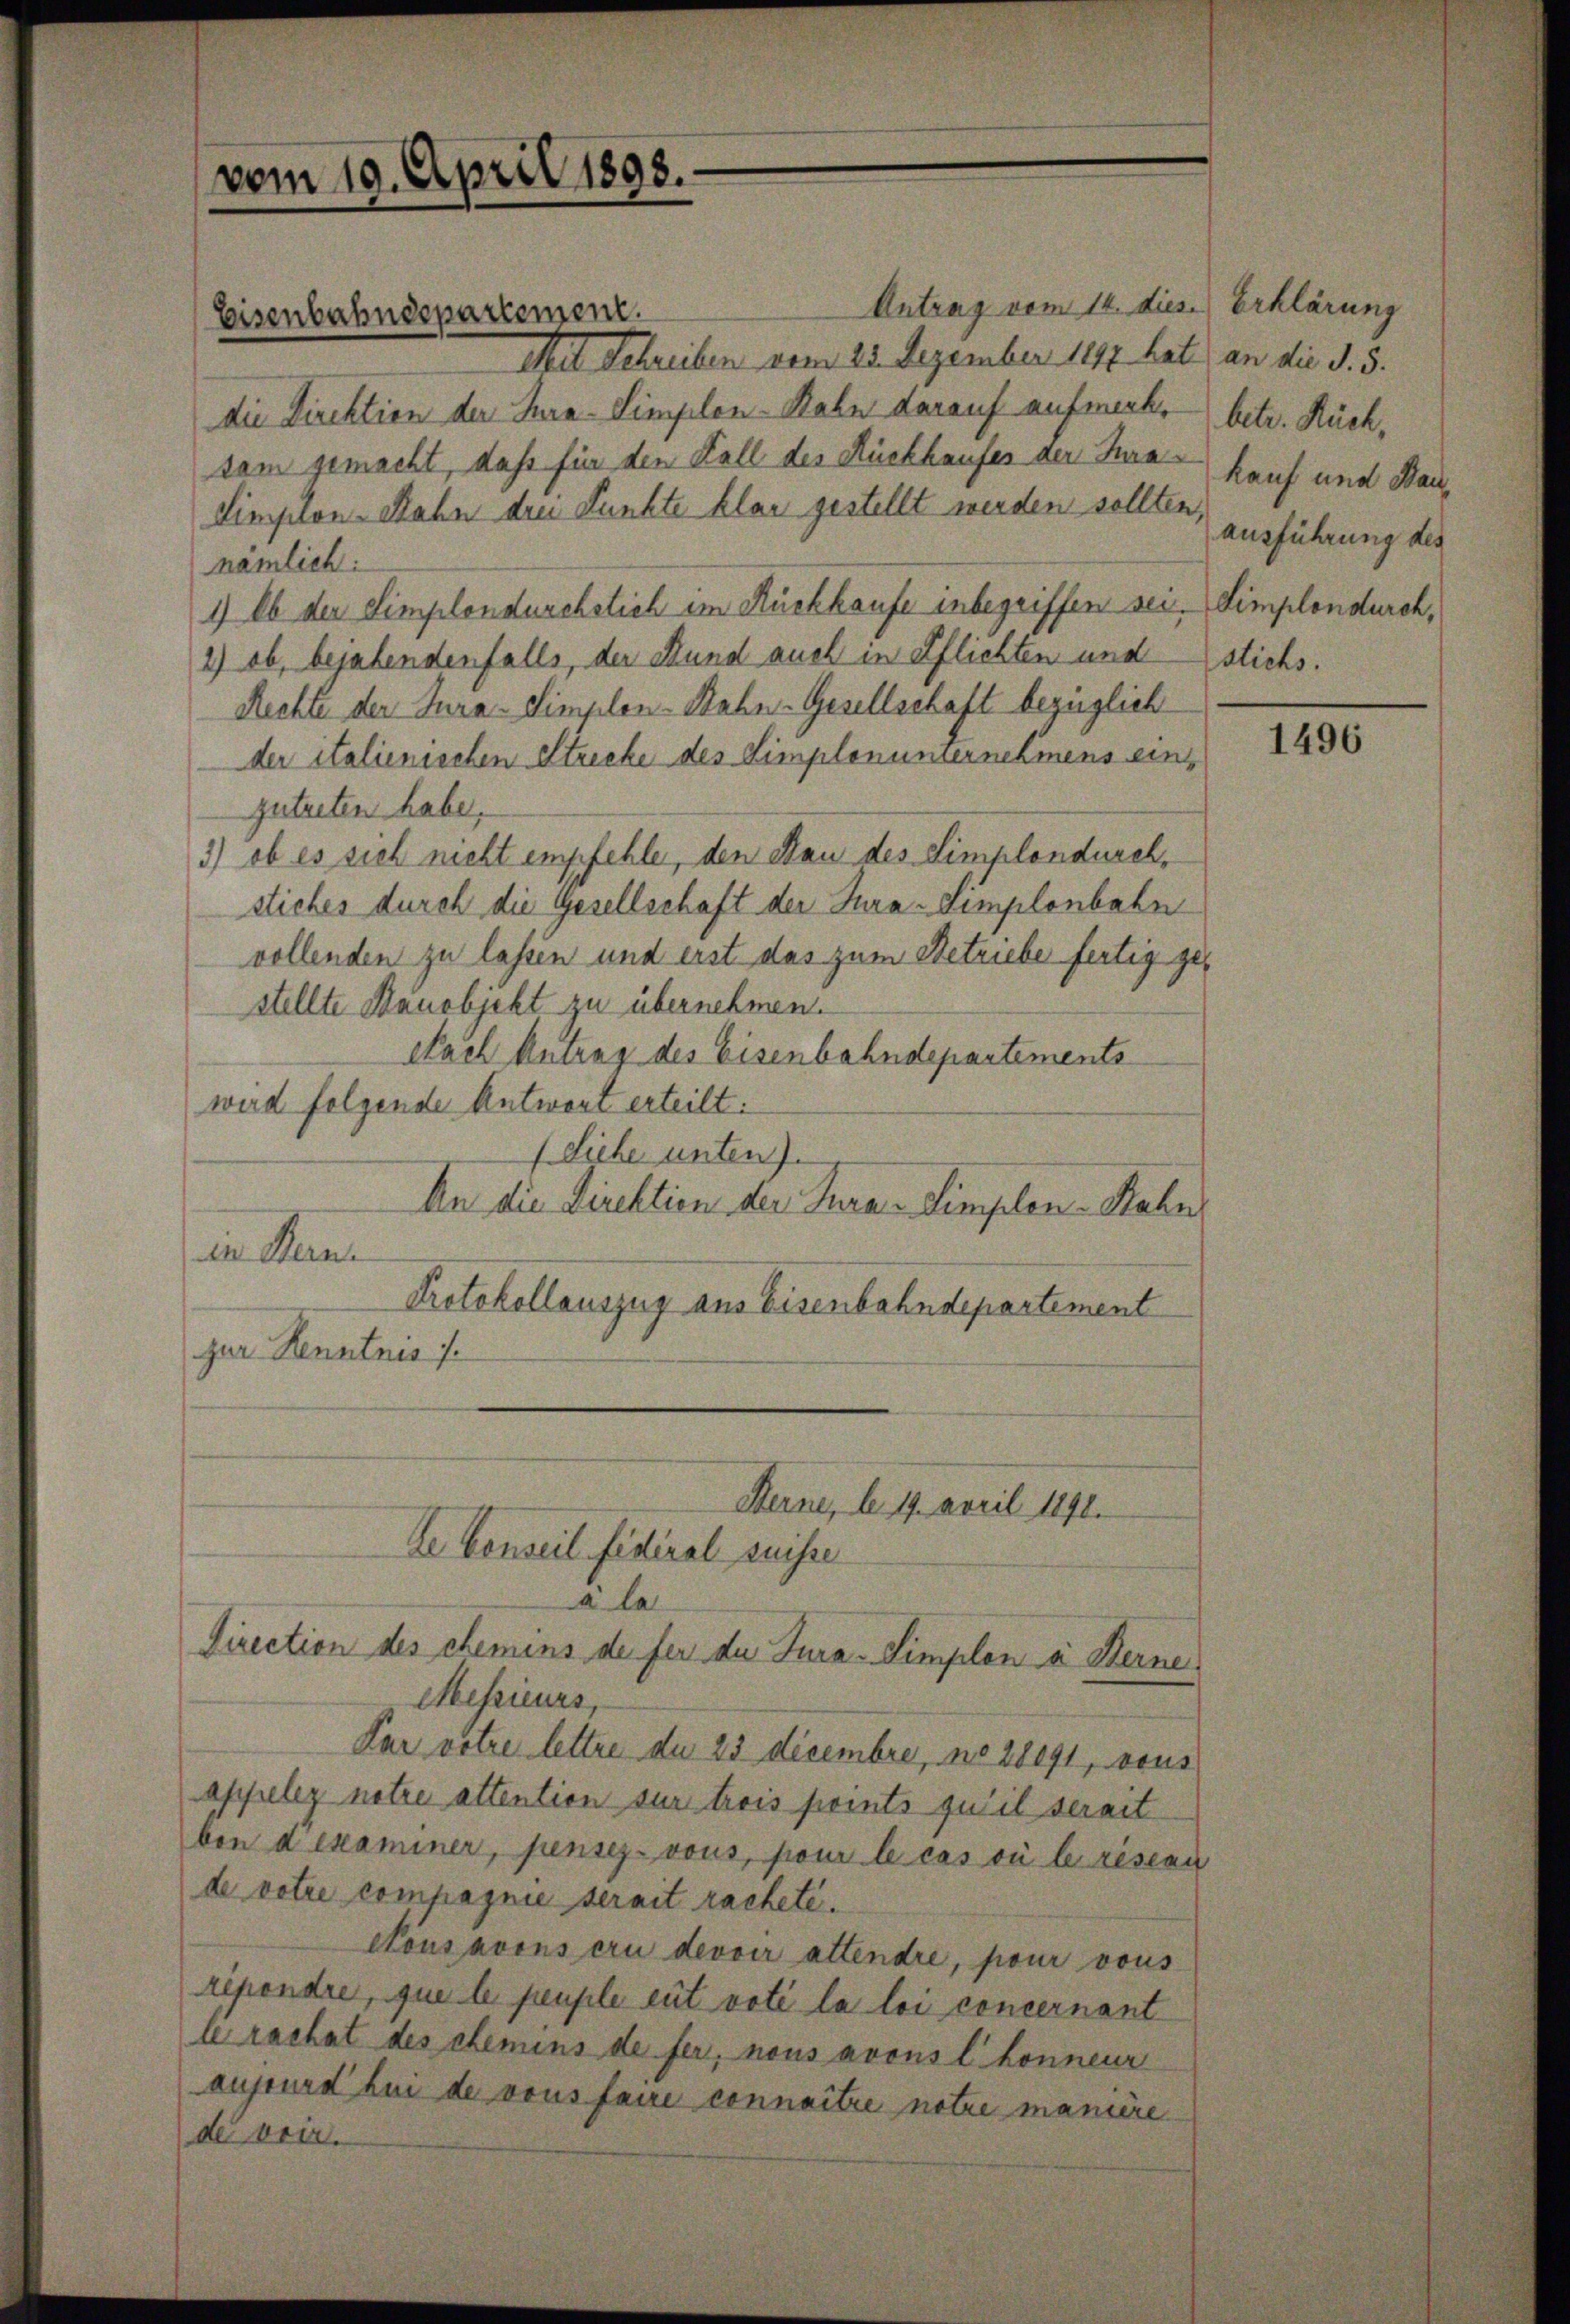
vom 19. April 1898.

Eisenbahndepartement.

Antrag vom 14. dies.) Erklärung
Mit Schreiben vom 25. Dezember 1897 hat an die S. 5.
die Direktion der Tura-Simplon-Rahn darauf aufmerk. betr. Rückdem gemacht, daß für den Fall des Rückhaufes der Haar kauf und Bau¬
Simplon-Rahn den Funkte klar gestellt werden sollten.
nämlich:
1) Ob der Simplondurchstich im Rückkaufe inbegriffen sei. Simplondurch,
2) ob, bejahendenfalls, der Bund auch in Pflichten und stichs.
Rechte der Jura Simplen-Bahn-Gesellschaft bezüglich
der italienischen Strecke des Simplenumernehmens einzutreten habe.
3) ob es sich nicht empfehle, den Bau des Simplondurchstiches durch die Gesellschaft der Jura-Simplenbahn
vollenden zu lassen und erst das zum Betriebe fertig gestellte Bauobjekt zu übernehmen.
Nach Antrag des Eisenbahndepartements
wird folgende Antwort erteilt:
(Siehe unten).
An die Direktion der Jura. Simplon-Rahn,
in Man
Protokollauszug aus Eisenbahndepartement
zur Kenntnis s.

Sterne, le 19. April 1891.
de Conseil fédéral suisse
äle
Direction des chemens de fer du Jura-Simplon à Berne
Messieurs,

Par rotre lettre du 23 decembre, no 28091, vous
appeler notre attention sur trois points qu’il serait
ben d examiner, pensez-vous, pour le cas où le rescen
de votre compagnie serait rachete.
crousavonsern devoir attendre, pour vous
répondre, que le peuple eut voti la loi concernant
lerachat des chemens de fer, nous avous l. honneur
aujeurs bei de vous faire connaitre notre manière
dei bei.

ausführung des

1496